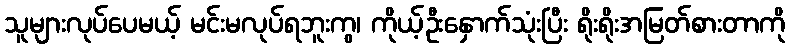
သူများလုပ်ပေမယ့် မင်းမလုပ်ရဘူးကွ၊ ကိုယ့်ဦးနှောက်သုံးပြီး ရိုးရိုးအမြတ်စားတာကို